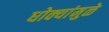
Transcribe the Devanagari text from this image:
धोक्यांमुळे